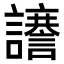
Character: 𮙆